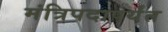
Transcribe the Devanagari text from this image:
मंत्रिपदापर्यंत